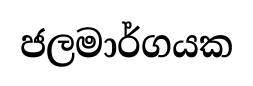
ජලමාර්ගයක